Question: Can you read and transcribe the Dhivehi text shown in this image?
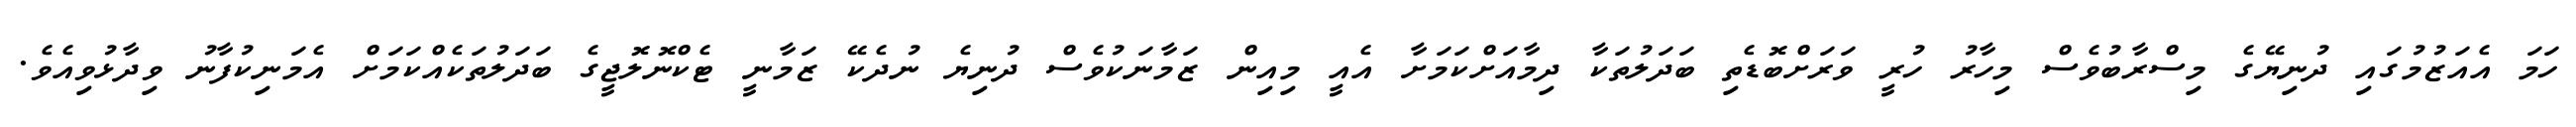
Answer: ހަމަ އެއަޒުމުގައި ދުނިޔޭގެ މިސްރާބުވެސް މިހާރު ހުރީ ވަރަށްބޮޑެތި ބަދަލުތަކާ ދިމާއަށްކަމަށާ އެއީ މިއިން ޒަމާނަކުވެސް ދުނިޔެ ނުދެކޭ ޒަމާނީ ޓެކްނޮލޮޖީގެ ބަދަލުތަކެއްކަމަށް އެމަނިކުފާނު ވިދާޅުވިއެވެ.